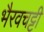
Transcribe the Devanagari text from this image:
भैरवचट्टी